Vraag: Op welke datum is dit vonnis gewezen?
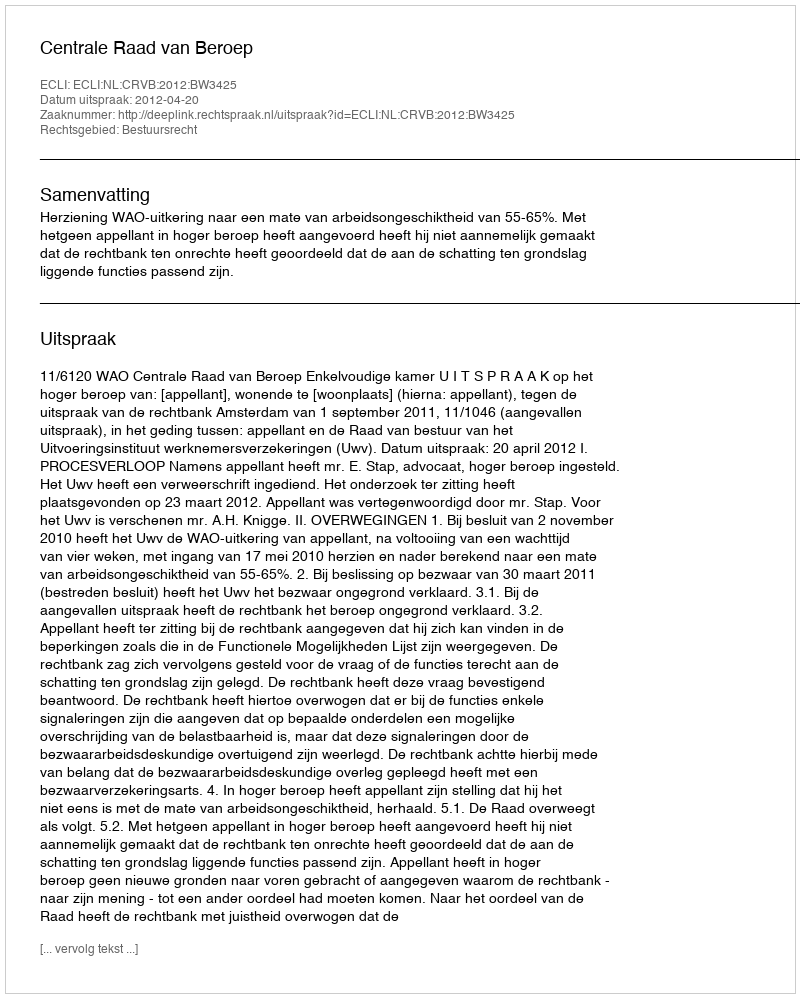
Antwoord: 2012-04-20